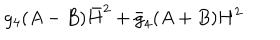
g _ { 4 } ( A - B ) \bar { H } ^ { 2 } + \bar { g } _ { 4 } ( A + B ) H ^ { 2 }